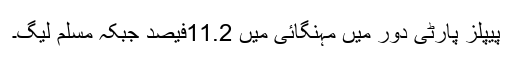
پیپلز پارٹی دور میں مہنگائی میں 11.2فیصد جبکہ مسلم لیگ۔